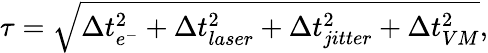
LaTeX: \tau=\sqrt{\Delta t_{e^{-}}^{2}+\Delta t_{laser}^{2}+\Delta t_{jitter}^{2}+\Delta t_{VM}^{2}},